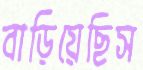
বাড়িয়েছিস